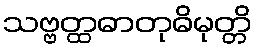
သဗ္ဗတ္ထဓာတုဓိမုတ္တိ